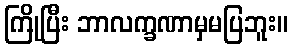
ကြိုပြီး ဘာလက္ခဏာမှမပြဘူး။